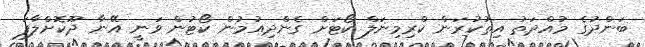
ބަންދުގެ މުއްދަތު އިތުކުރަން ކްރިމިނަލް ކޯޓަށް ގެންދިއުމުން ކޯޓުން ވަނީ އޭނާ ދޫކޮށްލާފަ